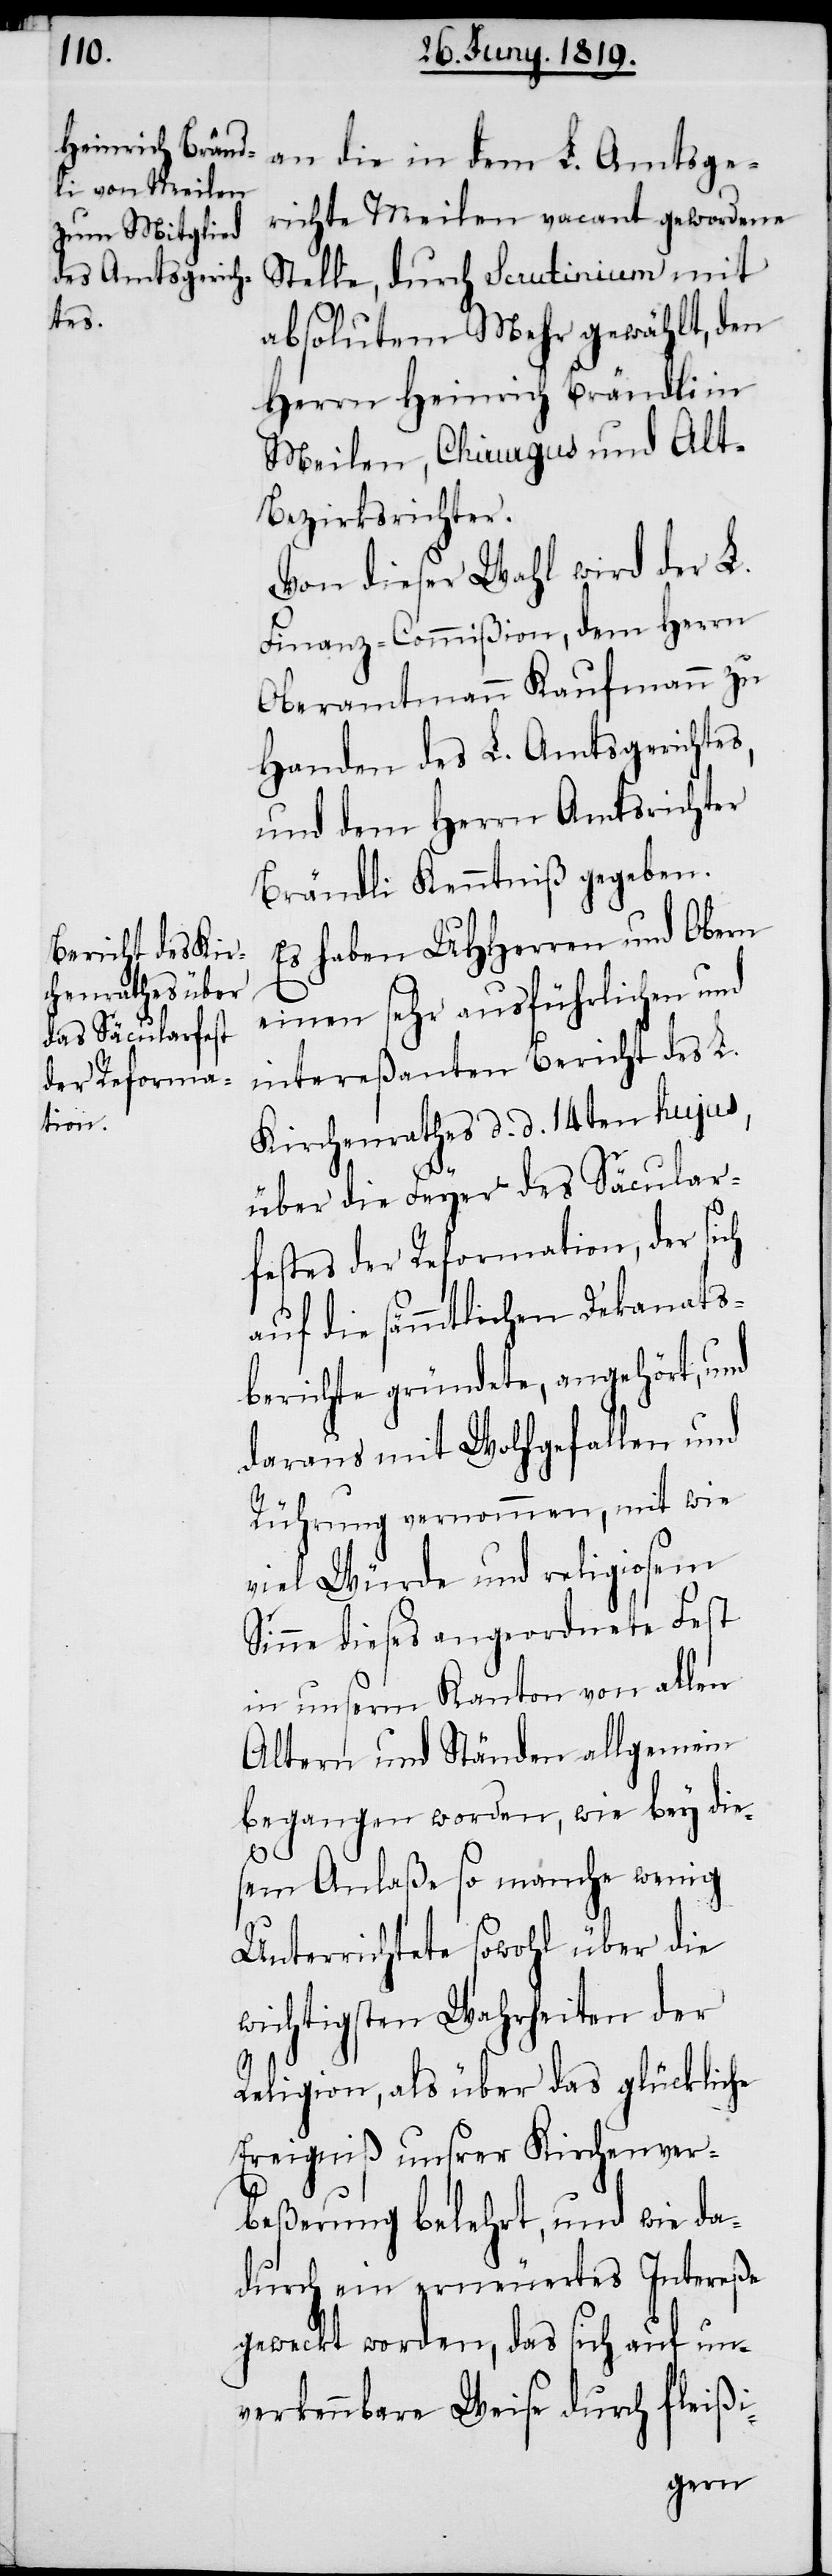
an die in dem L. Amtsge¬
richte Meilen vacant gewordene
Stelle, durch Scrutinium mit
absolutem Mehr gewählt, den
Herrn Heinrich Brändli in
Meilen, Chirurgus und Alt¬
bezirksrichter.
Von dieser Wahl wird der L.
Finanz-Commißion, dem Herrn
Oberamtmann Kaufmann zu
Handen des L. Amtsrichter
Brändli Kenntniß gegeben.
Es haben UHHerren und Obern
einen sehr ausführlichen und
intereßanten Bericht des L.
Kirchenrathes d. d. 14ten hujus,
über die Feyer des Säcular¬
festes der Reformation, der sich
auf die sämmtlichen Dekanats¬
berichte gründete, angehört, und
daraus mit Wohlgefallen und
Rührung vernommen, mit wie
viel Würde und religiosem
Sinne dieses angeordnete Fest
in unserm Kanton von allen
Altern und Ständen allgemein
begangen worden, wie bey die¬
sem Anlaße so manche wenig
Unterrichtete sowohl über die
wichtigsten Wahrheiten der
Religion, als über das glückliche
Ereigniß unsrer Kirchenver¬
beßerung belehrt, und wie da¬
durch ein erneuertes Intereße
geweckt worden, das sich auf un¬
verkennbare Weise durch fleißi-